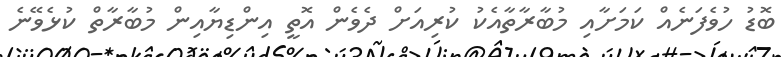
ބޮޑު ހުވެފަނެއް ކަމަށާއި މުބާރާތާއެކު ކުރިއަށް ދެވެން އޮތީ އިންޑިޔާއިން މުބާރާތް ކުޅެވޭނެ